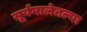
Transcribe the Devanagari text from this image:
सूर्यमालेतल्या